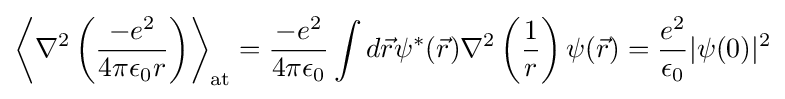
\left\langle \nabla ^{2}\left({\frac {-e^{2}}{4\pi \epsilon _{0}r}}\right)\right\rangle _{\rm {at}}={\frac {-e^{2}}{4\pi \epsilon _{0}}}\int d{\vec {r}}\psi ^{*}({\vec {r}})\nabla ^{2}\left({\frac {1}{r}}\right)\psi ({\vec {r}})={\frac {e^{2}}{\epsilon _{0}}}|\psi (0)|^{2}